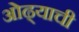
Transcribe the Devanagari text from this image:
ओढ्याची